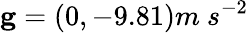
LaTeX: \mathbf{g}=(0,-9.81)m\ s^{-2}